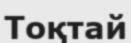
Тоқтай